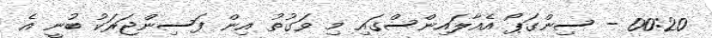
00:20 - ސިންގަޕޯ އެއާލައިންސްގައި މި ވަގުތު އިން ފަސިންޖަރަކު ބުނީ އެ